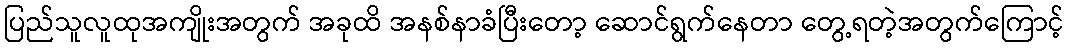
ပြည်သူလူထုအကျိုးအတွက် အခုထိ အနစ်နာခံပြီးတော့ ဆောင်ရွက်နေတာ တွေ့ရတဲ့အတွက်ကြောင့်